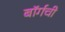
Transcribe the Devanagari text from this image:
बॉर्गची